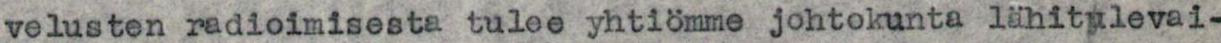
velusten radioimisesta tulee yhtiömme johtokunta lähitulevai-